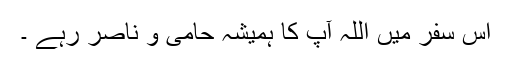
اس سفر میں اللہ آپ کا ہمیشہ حامی و ناصر رہے ۔